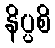
နိပ္ပစိ